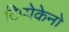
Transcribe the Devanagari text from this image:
टिप्पेकेनो